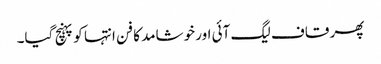
پھر قاف لیگ آئی اور خوشامد کا فن انتہا کو پہنچ گیا۔